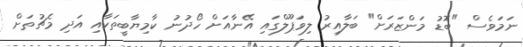
ނަމަވެސް "ބޮޑު މަންޒަރަށް" ބަލާއިރު ލިވަޕޫލްގައި އޭނާއަށް ހޯދުނު ކާމިޔާބީތަކާއި އަދި މެޗުތަށް